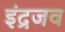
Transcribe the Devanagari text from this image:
इंद्रजव